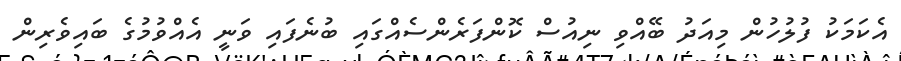
އެކަމަކު ފުލުހުން މިއަދު ބޭއްވި ނިއުސް ކޮންފަރެންސެއްގައި ބުނެފައި ވަނީ އެއްވުމުގެ ބައިވެރިން